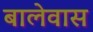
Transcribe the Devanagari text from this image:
बालेवास